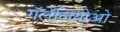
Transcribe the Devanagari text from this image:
गॅलेलियोओ